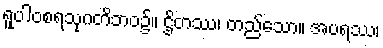
ရူပါဝစရသုဂတိဘဝ၌။ ဌိတဿ၊ တည်သော။ အပရဿ၊